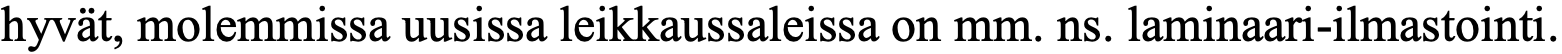
hyvät, molemmissa uusissa leikkaussaleissa on mm. ns. laminaari-ilmastointi.